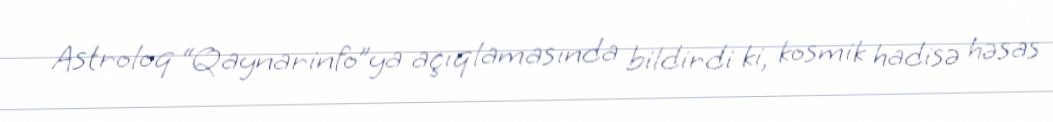
Astroloq “Qaynarinfo”ya açıqlamasında bildirdi ki, kosmik hadisə həsas